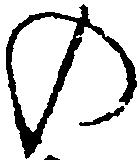
の